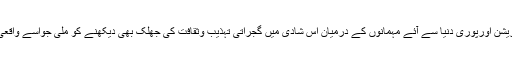
ورلڈ کلاش ڈیکوریشن اورپوری دنیا سے آئے مہمانوں کے درمیان اس شادی میں گجراتی تہذیب وثقافت کی جھلک بھی دیکھنے کو ملی جواسے واقعی خاص بناتی ہے۔